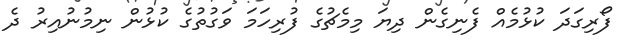
ފޯރިގަދަ ކުޅުމެއް ފެނިގެން ދިޔަ މިމެޗުގެ ފުރިހަމަ ވަގުތުގެ ކުޅުން ނިމުނުއިރު ދެ